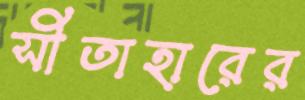
সীতাহারের